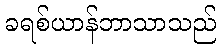
ခရစ်ယာန်ဘာသာသည်